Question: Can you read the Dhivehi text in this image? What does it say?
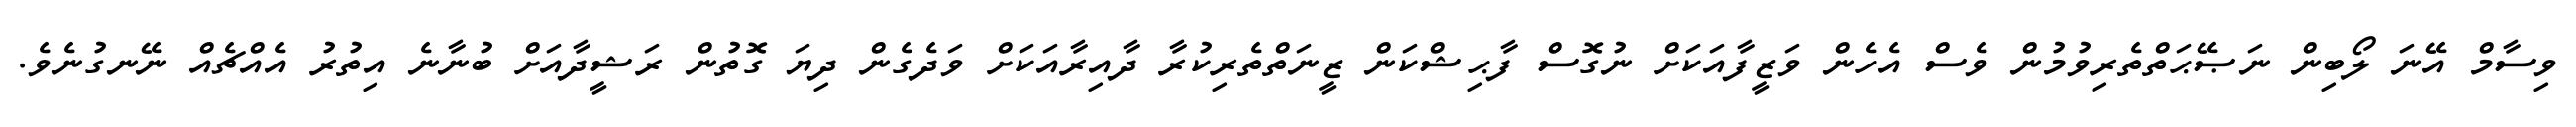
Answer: ވިސާމް އޭނަ ލޯބިން ނަޞޭޙަތްތެރިވުމުން ވެސް އެހެން ވަޒީފާއަކަށް ނުގޮސް ފާޙިޝްކަން ޒީނަތްތެރިކުރާ ދާއިރާއަކަށް ވަދެގެން ދިޔަ ގޮތުން ރަޝީދާއަށް ބުނާނެ އިތުރު އެއްޗެއް ނޭނގުނެވެ.